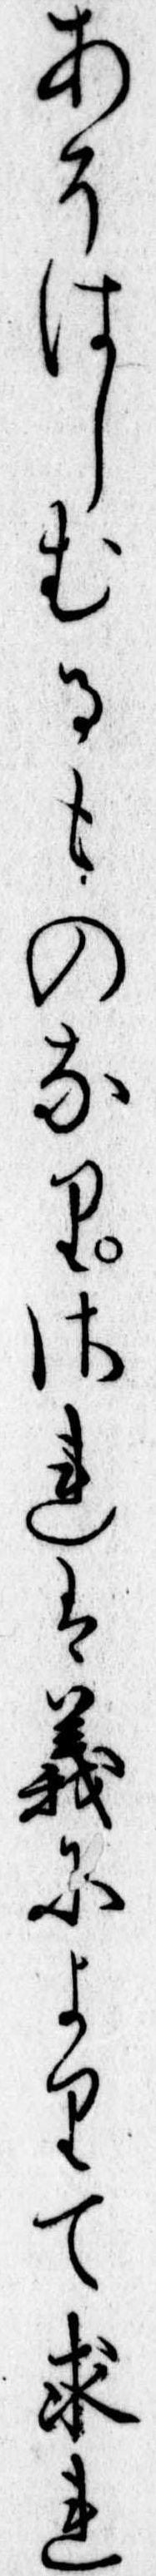
あそはしむるものなりされは義によりて求れ